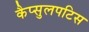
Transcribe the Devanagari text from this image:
कैप्सुलपटिस